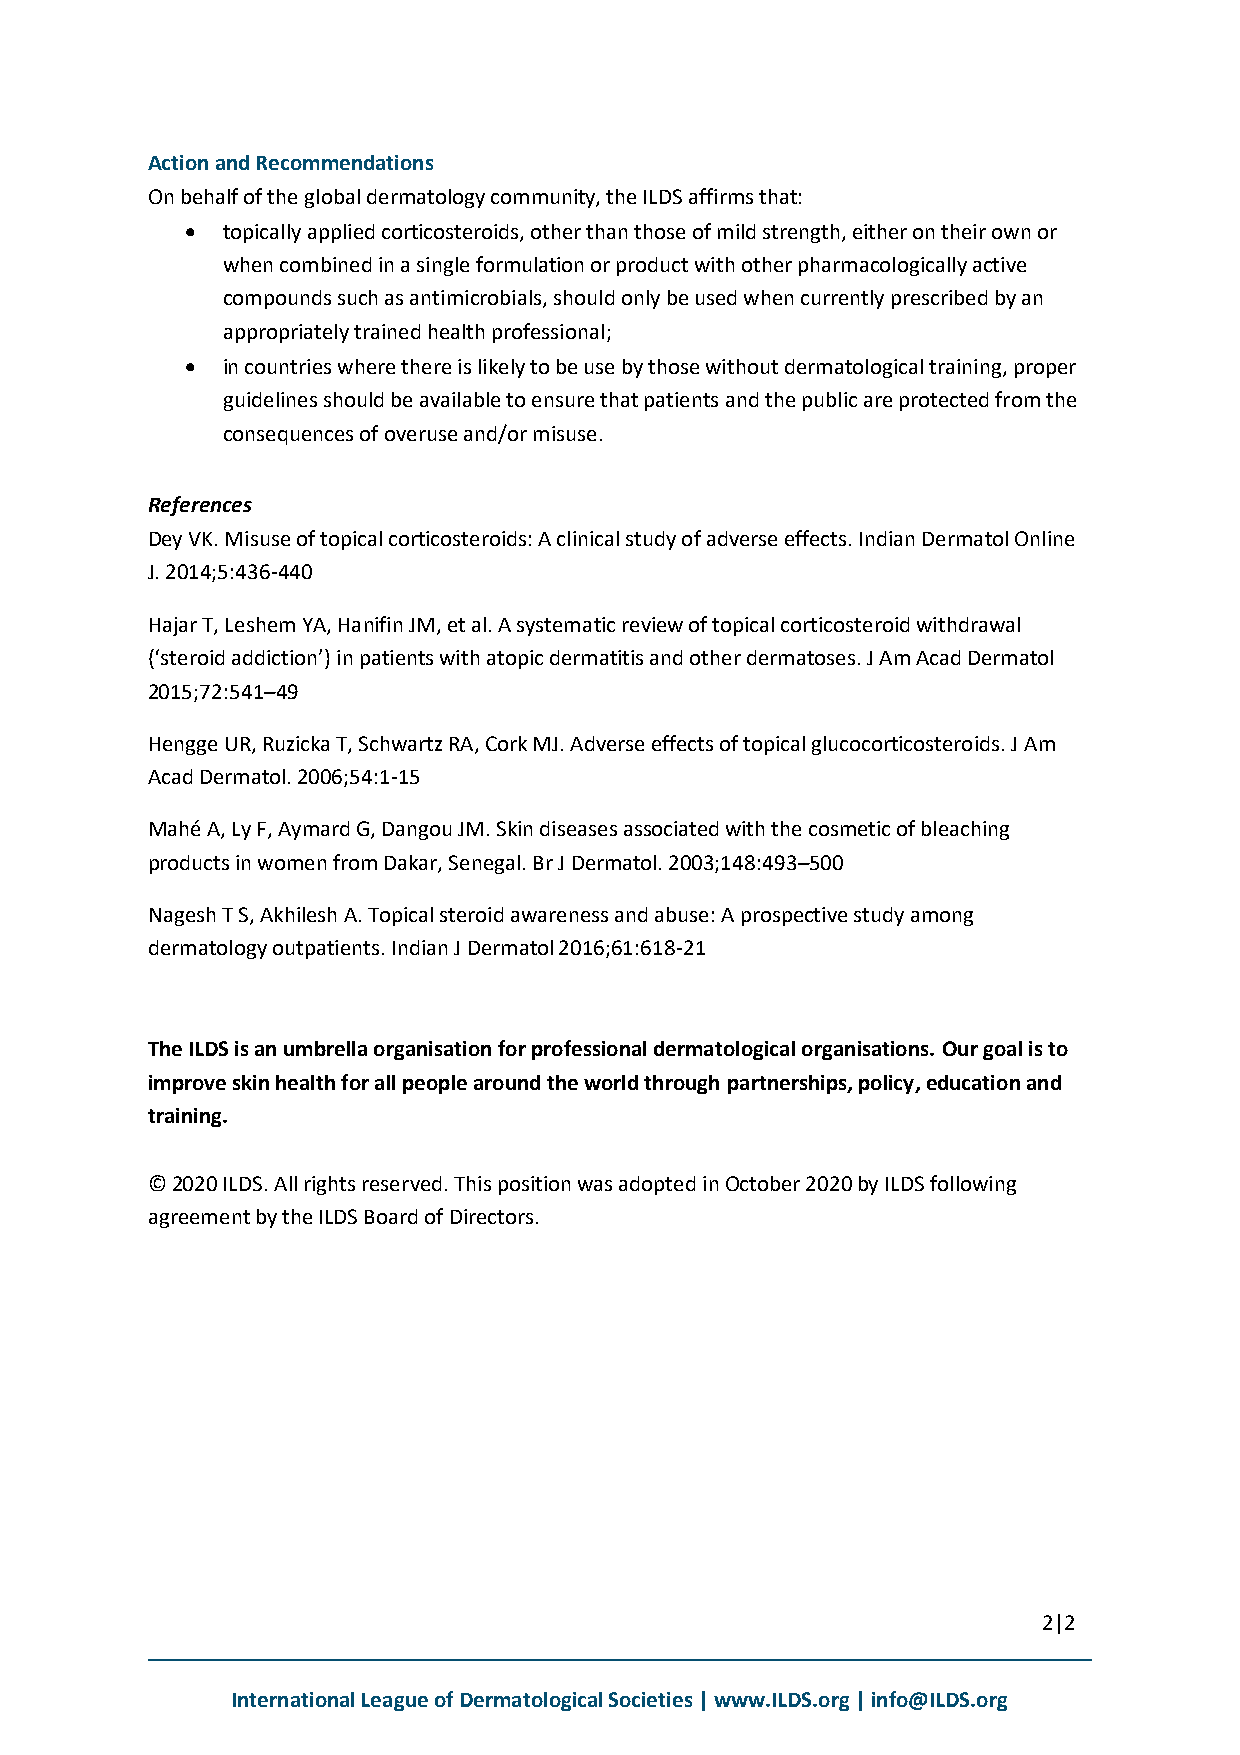
Action and Recommendations
 On behalf of the global dermatology community, the ILDS affirms that:
 •  topically applied corticosteroids, other than those of mild strength, either on their own or
 when combined in a single formulation or product with other pharmacologically active
 compounds such as antimicrobials, should only be used when currently prescribed by an
 appropriately trained health professional;
 •  in countries where there is likely to be use by those without dermatological training, proper
 guidelines should be available to ensure that patients and the public are protected from the
 consequences of overuse and/or misuse.
 References
 Dey VK. Misuse of topical corticosteroids: A clinical study of adverse effects. Indian Dermatol Online
 J. 2014;5:436-440
 Hajar T, Leshem YA, Hanifin JM, et al. A systematic review of topical corticosteroid withdrawal
 (‘steroid addiction’) in patients with atopic dermatitis and other dermatoses. J Am Acad Dermatol
 2015;72:541–49
 Hengge UR, Ruzicka T, Schwartz RA, Cork MJ. Adverse effects of topical glucocorticosteroids. J Am
 Acad Dermatol. 2006;54:1-15
 Mahé A, Ly F, Aymard G, Dangou JM. Skin diseases associated with the cosmetic of bleaching
 products in women from Dakar, Senegal. Br J Dermatol. 2003;148:493–500
 Nagesh T S, Akhilesh A. Topical steroid awareness and abuse: A prospective study among
 dermatology outpatients. Indian J Dermatol 2016;61:618-21
 The ILDS is an umbrella organisation for professional dermatological organisations. Our goal is to
 improve skin health for all people around the world through partnerships, policy, education and
 training.
 © 2020 ILDS. All rights reserved. This position was adopted in October 2020 by ILDS following
 agreement by the ILDS Board of Directors.
 2|2
 International League of Dermatological Societies | www.ILDS.org | info@ILDS.org